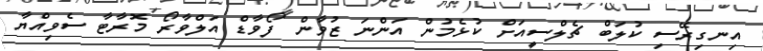
އިނގިރޭސި ކުލަބް ޗެލްސީއަށް ކުޅެމުން އަންނަ ޒުވާން ފޯވާޑް އަލްވާރޯ މޮރާޓާ ސެވިއްޔާ